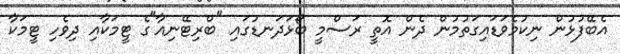
އެބޭފުޅުން ނިކުމެވަޑައިގަތުމުން ދެން އޮތީ ރަސްމީ ބޯޅަދަނޑުގައި "ބްރިޓޭނިއާ"ގެ ޓީމަކާއި ދިވެހި ޓީމަކާ